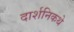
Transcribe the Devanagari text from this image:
दार्शनिकथे